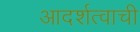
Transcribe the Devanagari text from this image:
आदर्शत्वाची